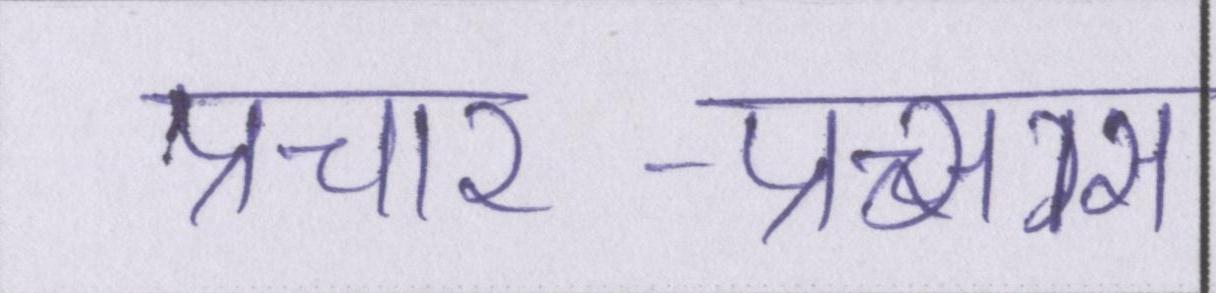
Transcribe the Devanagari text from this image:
प्रचार-प्रसार